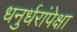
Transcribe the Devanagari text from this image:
धनुर्धरांपेक्षा